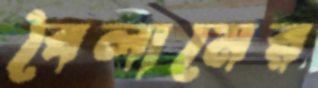
বৈলামের